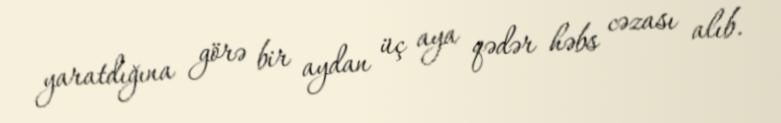
yaratdığına görə bir aydan üç aya qədər həbs cəzası alıb.